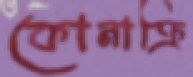
কোনাক্রি